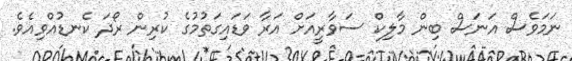
ނަމަވެސް އަނަސް ބިން މާލިކް ސަވާރީއަށް އަރާ ވަޑައިގަތުމުގެ ކުރިން ރޯދަ ކެނޑުއްވިއެވެ.